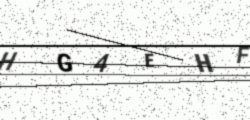
Text: HG4EHF